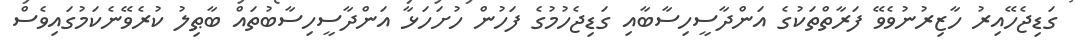
ގަޑިޖެހޭއިރު ހާޒިރުނުވެވޭ ފަރާތްތަކުގެ އަންދާސީހިސާބާއި ގަޑިޖެހުމުގެ ފަހުން ހުށަހަޅާ އަންދާސީހިސާބުތައް ބާޠިލު ކުރެވޭނެކަމުގައިވެސް